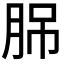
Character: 𦛉